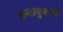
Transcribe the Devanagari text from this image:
धन्डायुधपानी